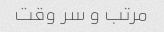
مرتب و سر وقت